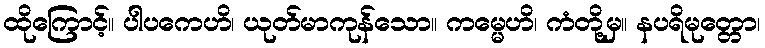
ထိုကြောင့်။ ပါပကေဟိ၊ ယုတ်မာကုန်သော။ ကမ္မေဟိ၊ ကံတို့မှ။ နပရိမုတ္တော၊